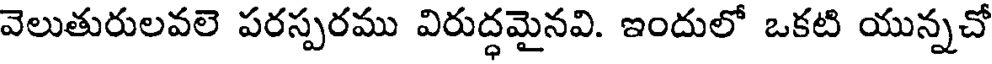
వెలుతురులవలె పరస్పరము విరుద్ధమైనవి. ఇందులో ఒకటి యున్నచో